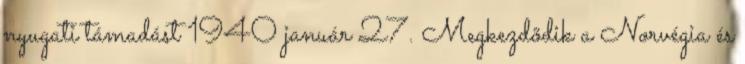
nyugati támadást 1940 január 27. Megkezdõdik a Norvégia és